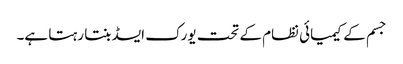
جسم کے کیمیائی نظام کے تحت یورک ایسڈ بنتا رہتا ہے۔